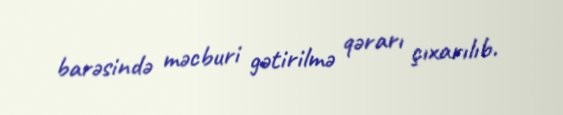
barəsində məcburi gətirilmə qərarı çıxarılıb.